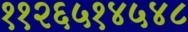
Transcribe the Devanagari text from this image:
११२६५१४५४८